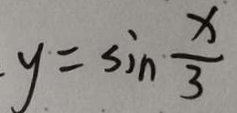
y = \sin \frac { x } { 3 }